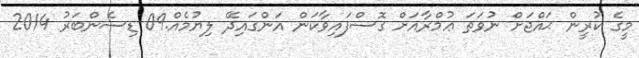
މީގެ ކުރީން ޙައްޖަށް ނުވަތަ ޢުމްރާއަށް ގޮސްފައިވާކަން އަންގައިދޭ ލިޔުމެއް.09 ޑިސެންބަރު 2014